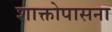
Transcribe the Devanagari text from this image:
शाक्तोपासना